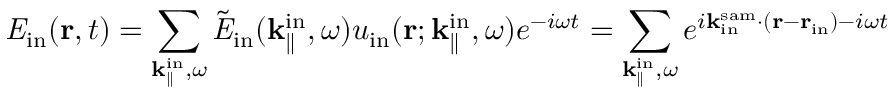
{ \it E } _ { \mathrm { i n } } ( { \bf r } , t ) = \sum _ { { \bf k } _ { \parallel } ^ { \mathrm { i n } } , \omega } \tilde { \it E } _ { \mathrm { i n } } ( { \bf k } _ { \parallel } ^ { \mathrm { i n } } , \omega ) u _ { \mathrm { i n } } ( { \bf r } ; { \bf k } _ { \parallel } ^ { \mathrm { i n } } , \omega ) e ^ { - i \omega t } = \sum _ { { \bf k } _ { \parallel } ^ { \mathrm { i n } } , \omega } e ^ { i { \bf k } _ { \mathrm { i n } } ^ { \mathrm { s a m } } \cdot ( { \bf r } - { \bf r } _ { \mathrm { i n } } ) - i \omega t }